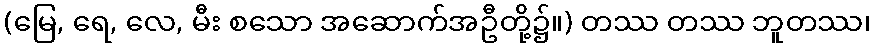
(မြေ, ရေ, လေ, မီး စသော အဆောက်အဦတို့၌။) တဿ တဿ ဘူတဿ၊